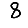
Digit: 8